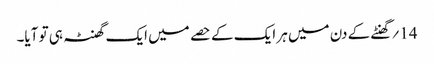
14؍ گھنٹے کے دن میں ہر ایک کے حصے میں ایک گھنٹہ ہی تو آیا۔